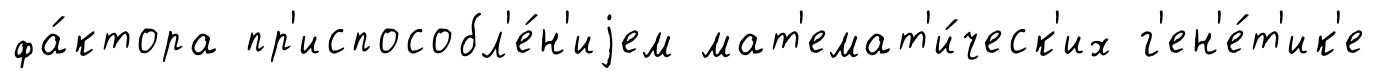
фа́ктора пр'испособл'е́н'иjем мат'емат'и́ческ'их г'ен'е́т'ик'е